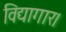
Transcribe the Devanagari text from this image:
विद्यागार।